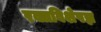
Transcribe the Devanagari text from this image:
रक्तविशेषज्ञ